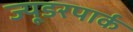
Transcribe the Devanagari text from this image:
ज्यूडरपार्क